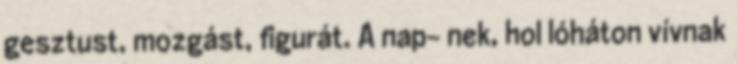
gesztust, mozgást, figurát. A nap- nek, hol lóháton vívnak